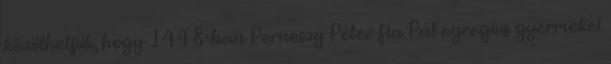
közölhetjük, hogy 1448-ban Perneszy Péter fia Pál egregius gyermekei